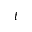
t